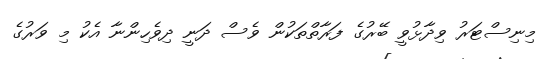
މިނިސްޓަރު ވިދާޅުވީ ބޭރުގެ ފަރާތްތަކުން ވެސް ދަނީ ދިވެހިންނާ އެކު މި ވަރުގެ